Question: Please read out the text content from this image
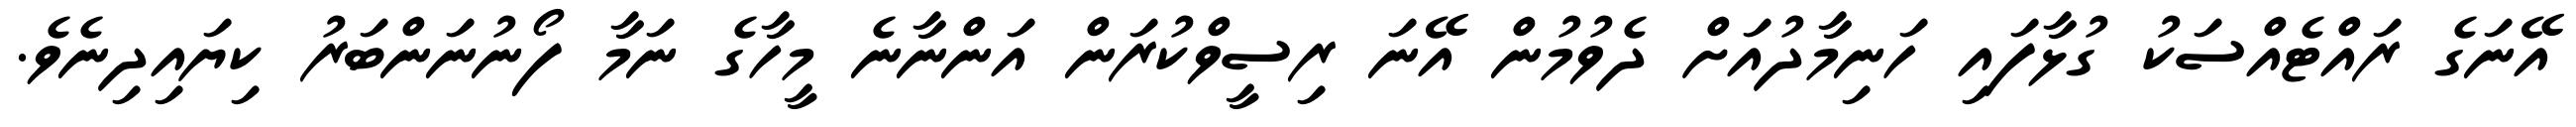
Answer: އޭނަގެ ރައްޓެއްސަކު ގުޅާފައި ހަނިމާދުއަށް ދެވުމުން އޭނަ ރިސީވްކުރަން އަންނާނެ މީހާގެ ނަމާ ފޯނުނަންބަރު ކިޔައިދިނެވެ.